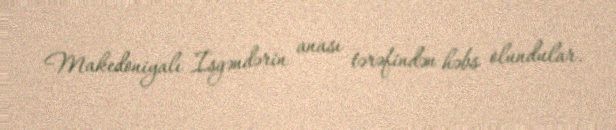
Makedoniyalı İsgəndərin anası tərəfindən həbs olundular.